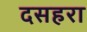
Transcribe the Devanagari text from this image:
दसहरा